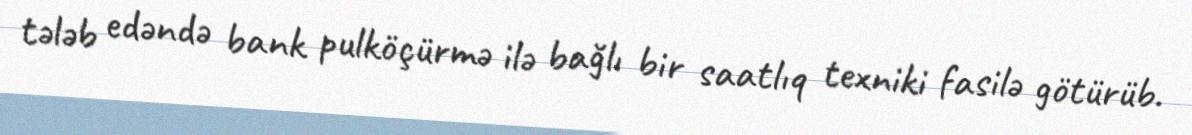
tələb edəndə bank pulköçürmə ilə bağlı bir saatlıq texniki fasilə götürüb.